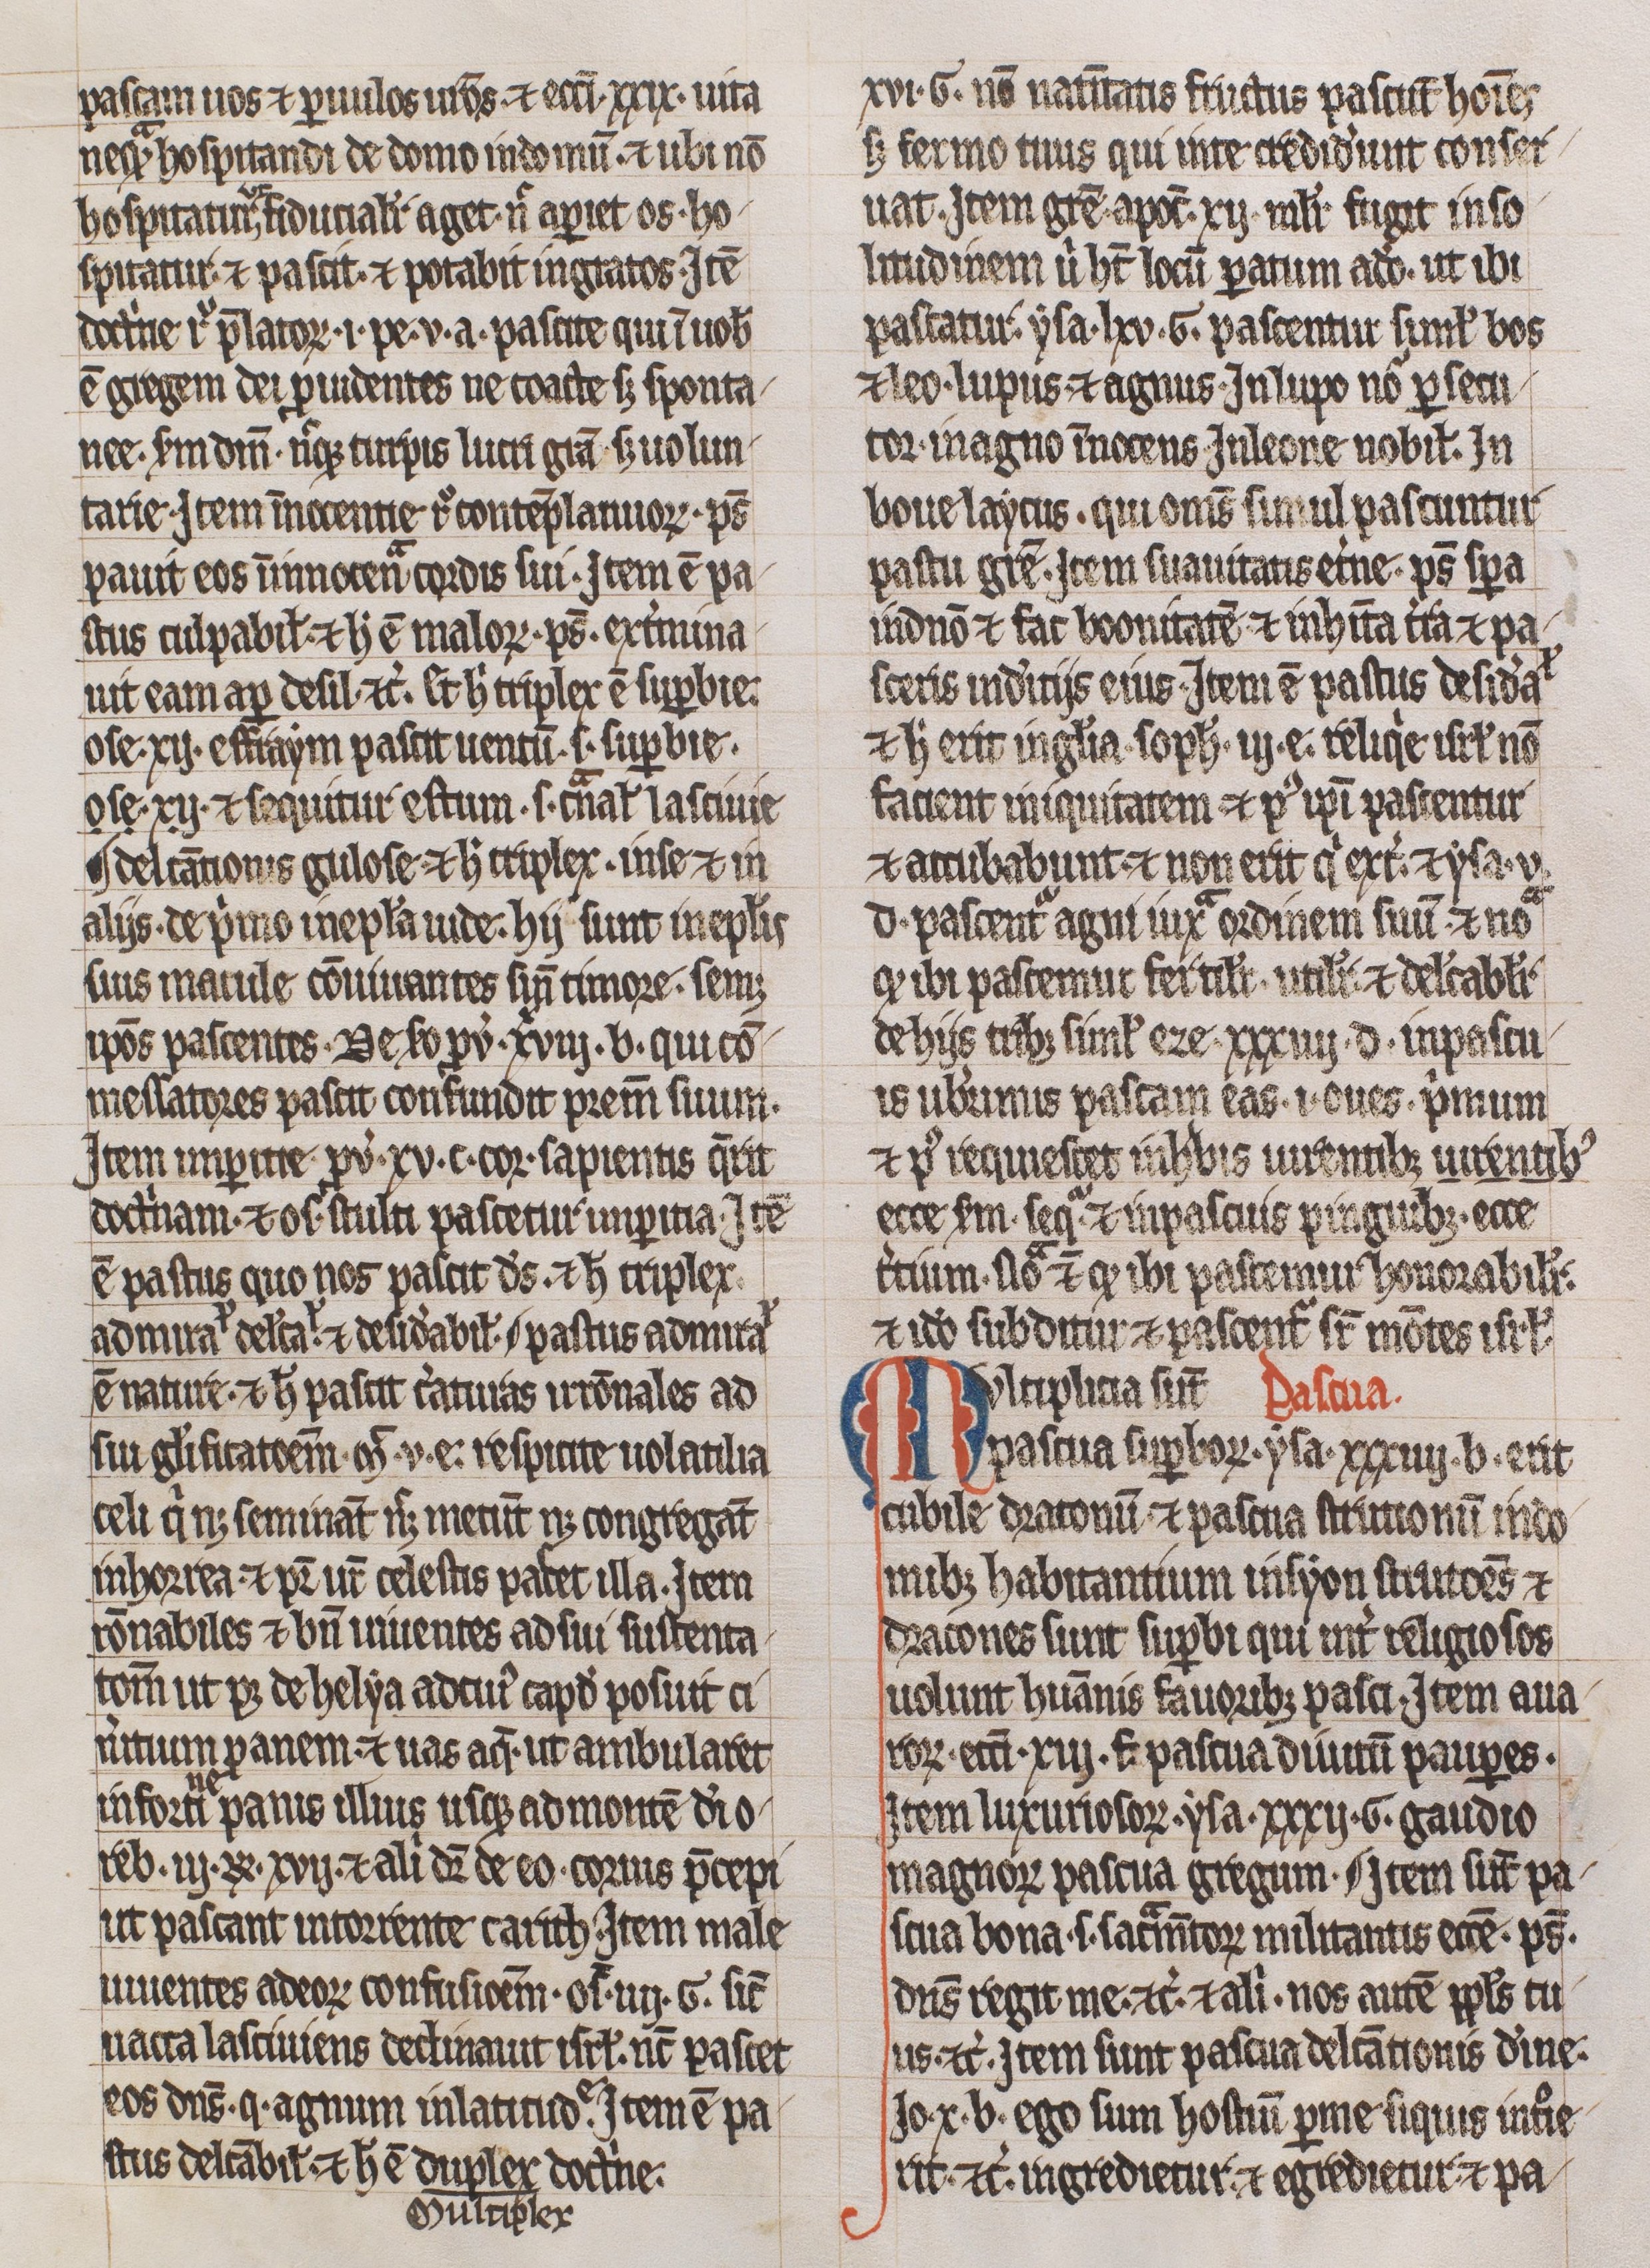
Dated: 1300–1399